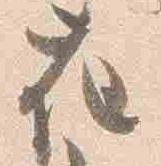
花